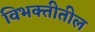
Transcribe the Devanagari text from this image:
विभक्तीतील